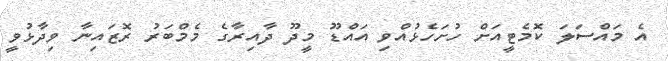
އެ މައްސަލަ ކޮމެޓީއަށް ހުށަހެޅުއްވި އައްޑޫ މީދޫ ދާއިރާގެ މެމްބަރު ރޮޒައިނާ ވިދާޅުވީ